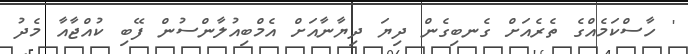
' ހާސްކަމެއްގެ ތެރެއަށް ގެނބިގެން ދިޔަ ދިޔާނާއަށް އެމްބިއުލާންސުން ފޭބި ކުއްޖާއާ މެދު